Annual report on the working of the lock hospitals in the Central Provinces
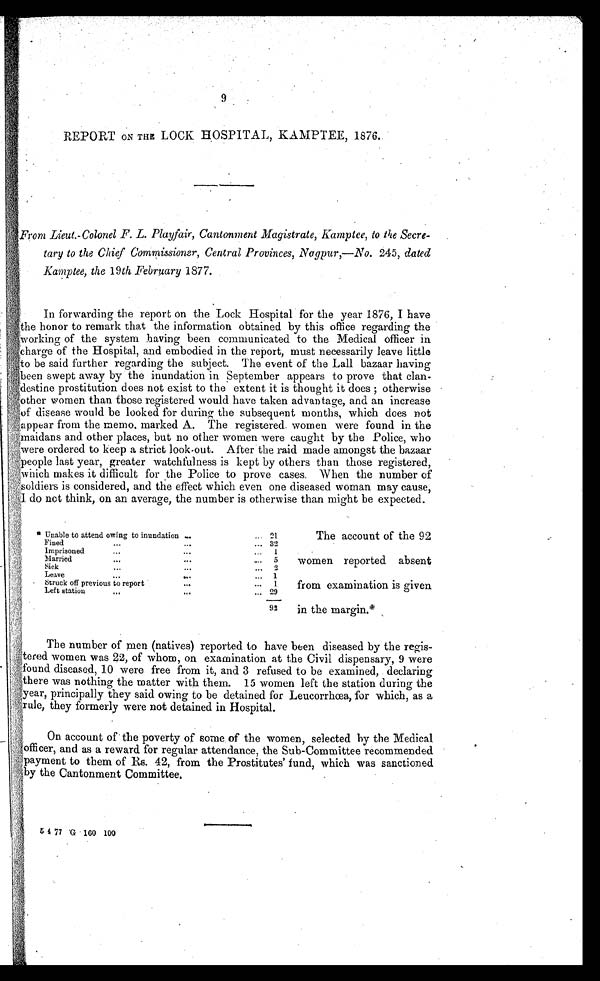
9
REPORT ON THE LOCK HOSPITAL, KAMPTEE, 1876.
F r o m
Lieut.-Colonel F. L. Playfair, Cantonment Magistrate, Kamptee, to the ,Secre-
tary to the Chief Commissioner, Central Provinces, Nagpur,—No. 245, dated
Kamptee, the 19th February 1877.
In forwarding the report on the Lock Hospital for the year 1876, I have
the honor to remark that the information obtained by this office regarding the
working of the system having been communicated to the Medical officer in
'charge of the Hospital, and embodied in the report, must necessarily leave little
to be said further regarding the subject. The event of the Lall bazaar having
been swept away by the inundation in September appears to prove that clan
- destine prostitution does not exist to the extent it is thought it does; otherwise
o ther women than those registered would have taken advantage, and an increase
of disease would be looked for during the subsequent months, which does not
appear from the memo. marked A. The registered. women were found in the
ma idans and other places, but no other women were caught by the Police, who
were ordered to keep a strict look-out. After the raid made amongst the bazaar
people last year, greater watchfulness is kept by others than those registered,
makes it difficult for the Police to prove cases. When the number of
soldiers is considered, and the effect which even one diseased woman may cause,
I do not think, on an average, the number is otherwise than might be expected.
* Unable to attend owing to inundation ... . . . 21
Fined
...
...
... 32
Imprisoned
...... . . .
1
Married
...
...
....
5
S i c k . . . . . . . . . 2
Leave
...
...
...
1
Struck off previous to report
...
...
1
Left station
...
. . . . . .
29
92
The account of the 92
women reported absent
from examination is given
in the margin.*
The number of men (natives) reported to have been diseased by the regis-
t e r e d w o m e n w a s 2 2 , o f w h o m , o n e x a m i n a t i o n a t t h e C i v i l d i s p e n s a r y , 9 w e r e
found diseased, 10 were free from it, and 3 refused to be examined, declaring
there was nothing the matter with them. 15 women left the station during the
y e a r , p r i n c i p a l l y t h e y s a i d o w i n g t o b e d e t a i n e d f o r L e u c o r r h œ a , f o r w h i c h , a s a
rule, they formerly were not detained in Hospital.
On account of' the poverty of some of the women, selected by the Medical
o fficer and as a reward for regular attendance, the Sub-Committee recommended
payment to them of Rs. 42, from the Prostitutes' fund, which was sanctioned
by the Cantonment Committee.
5477 G 160 100